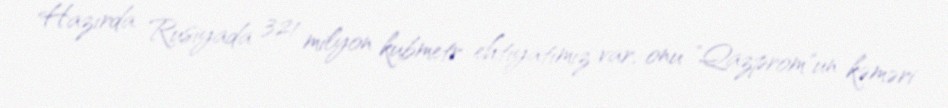
Hazırda Rusiyada 321 milyon kubmetr ehtiyatımız var, onu "Qazprom"un kəməri